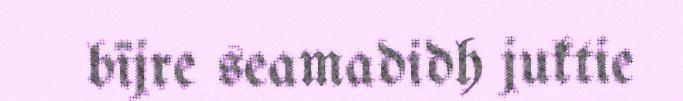
bïjre seamadidh juktie